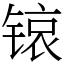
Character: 锿